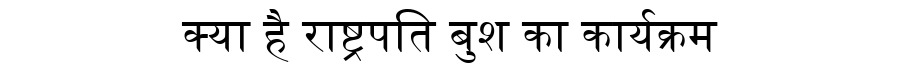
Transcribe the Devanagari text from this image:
क्या है राष्ट्रपति बुश का कार्यक्रम